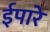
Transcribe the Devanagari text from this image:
ईपारे